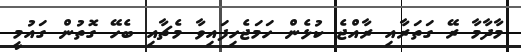
މާދާމާ ރޭ ގަތަރާއި ރާއްޖެ ކުޅެން ހަމަޖެހިފައިވާ މެޗާއި ބެހޭ ގޮތުން ގައުމީ